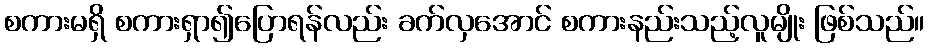
စကားမရှိ စကားရှာ၍ပြောရန်လည်း ခက်လှအောင် စကားနည်းသည့်လူမျိုး ဖြစ်သည်။